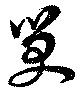
笑